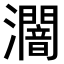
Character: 𤃷